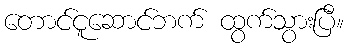
တောင်ငူဆောင်ဘက် ထွက်သွားပြီ။